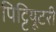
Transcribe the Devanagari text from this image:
पिट्टियूटरी